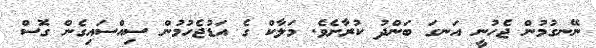
ނޭނގުމުން ޖެހުނީ އަނގަ ބަންދު ކުރާށެވެ. މަލާކް ގެ އަޑުޖެހުމުން ސިއްސައިގެން ގޮސް